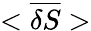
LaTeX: <\overline{{\delta S}}>